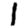
Digit: 1